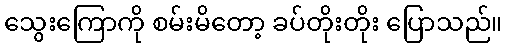
သွေးကြောကို စမ်းမိတော့ ခပ်တိုးတိုး ပြောသည်။